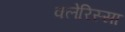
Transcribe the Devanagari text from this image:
क्लेरिस्सा